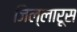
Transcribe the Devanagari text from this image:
जिल्लारूस